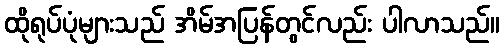
ထိုရုပ်ပုံများသည် အိမ်အပြန်တွင်လည်း ပါလာသည်။